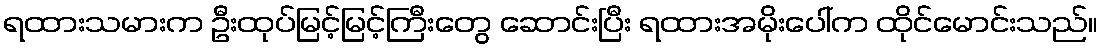
ရထားသမားက ဦးထုပ်မြင့်မြင့်ကြီးတွေ ဆောင်းပြီး ရထားအမိုးပေါ်က ထိုင်မောင်းသည်။